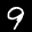
Label: 9